Indian journal of veterinary science and animal husbandry - Volumes 26-27, 1956-1957
Year: 1956
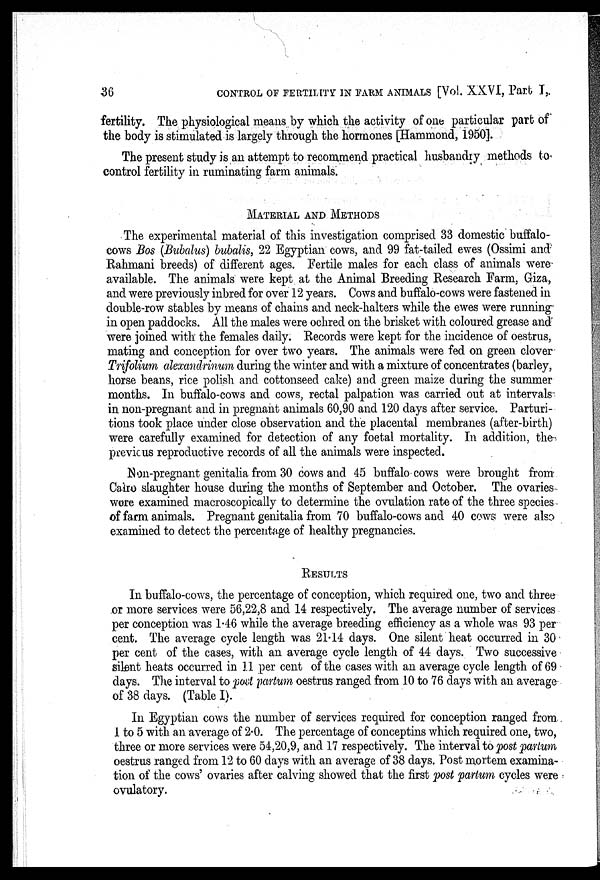
36
CONTROL OF FERTILITY IN FARM ANIMALS [Vol. XXVI, Part I,
fertility. The physiological means by which the activity of one particular part of
the body is stimulated is largely through the hormones [Hammond, 1950].
The present study is an attempt to recommend practical husbandry methods to
control fertility in ruminating farm animals.
MATERIAL AND METHODS
The experimental material of this investigation comprised 33 domestic buffalo-
cows Bos (Bubalus) bubalis, 22 Egyptian cows, and 99 fat-tailed ewes (Ossimi and
Rahmani breeds) of different ages. Fertile males for each class of animals were
available. The animals were kept at the Animal Breeding Research Farm, Giza,
and were previously inbred for over 12 years. Cows and buffalo-cows were fastened in
double-row stables by means of chains and neck-halters while the ewes were running
in open paddocks. All the males were ochred on the brisket with coloured grease and
were joined with the females daily. Records were kept for the incidence of oestrus,
mating and conception for over two years. The animals were fed on green clover
Trifolium alexandrinum during the winter and with a mixture of concentrates (barley,
horse beans, rice polish and cottonseed cake) and green maize during the summer
months. In buffalo-cows and cows, rectal palpation was carried out at intervals
in non-pregnant and in pregnant animals 60,90 and 120 days after service. Parturi-
tions took place under close observation and the placental membranes (after-birth)
were carefully examined for detection of any foetal mortality. In addition, the
previous reproductive records of all the animals were inspected.
Non-pregnant genitalia from 30 cows and 45 buffalo cows were brought from
Cairo slaughter house during the months of September and October. The ovaries
wore examined macroscopically to determine the ovulation rate of the three species
of farm animals. Pregnant genitalia from 70 buffalo-cows and 40 cows were also
examined to detect the percentage of healthy pregnancies.
RESULTS
In buffalo-cows, the percentage of conception, which required one, two and three
or more services were 56,22,8 and 14 respectively. The average number of services
per conception was 1.46 while the average breeding efficiency as a whole was 93 per
cent. The average cycle length was 21.14 days. One silent heat occurred in 30
per cent of the cases, with an average cycle length of 44 days. Two successive
silent heats occurred in 11 per cent of the cases with an average cycle length of 69
days. The interval to post partum oestrus ranged from 10 to 76 days with an average
of 38 days. (Table I).
In Egyptian cows the number of services required for conception ranged from
1 to 5 with an average of 2.0. The percentage of conceptins which required one, two,
three or more services were 54,20,9, and 17 respectively. The interval to post partum
oestrus ranged from 12 to 60 days with an average of 38 days. Post mortem examina-
tion of the cows' ovaries after calving showed that the first post partum cycles were
ovulatory.